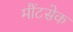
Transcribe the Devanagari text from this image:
मौंटसेक